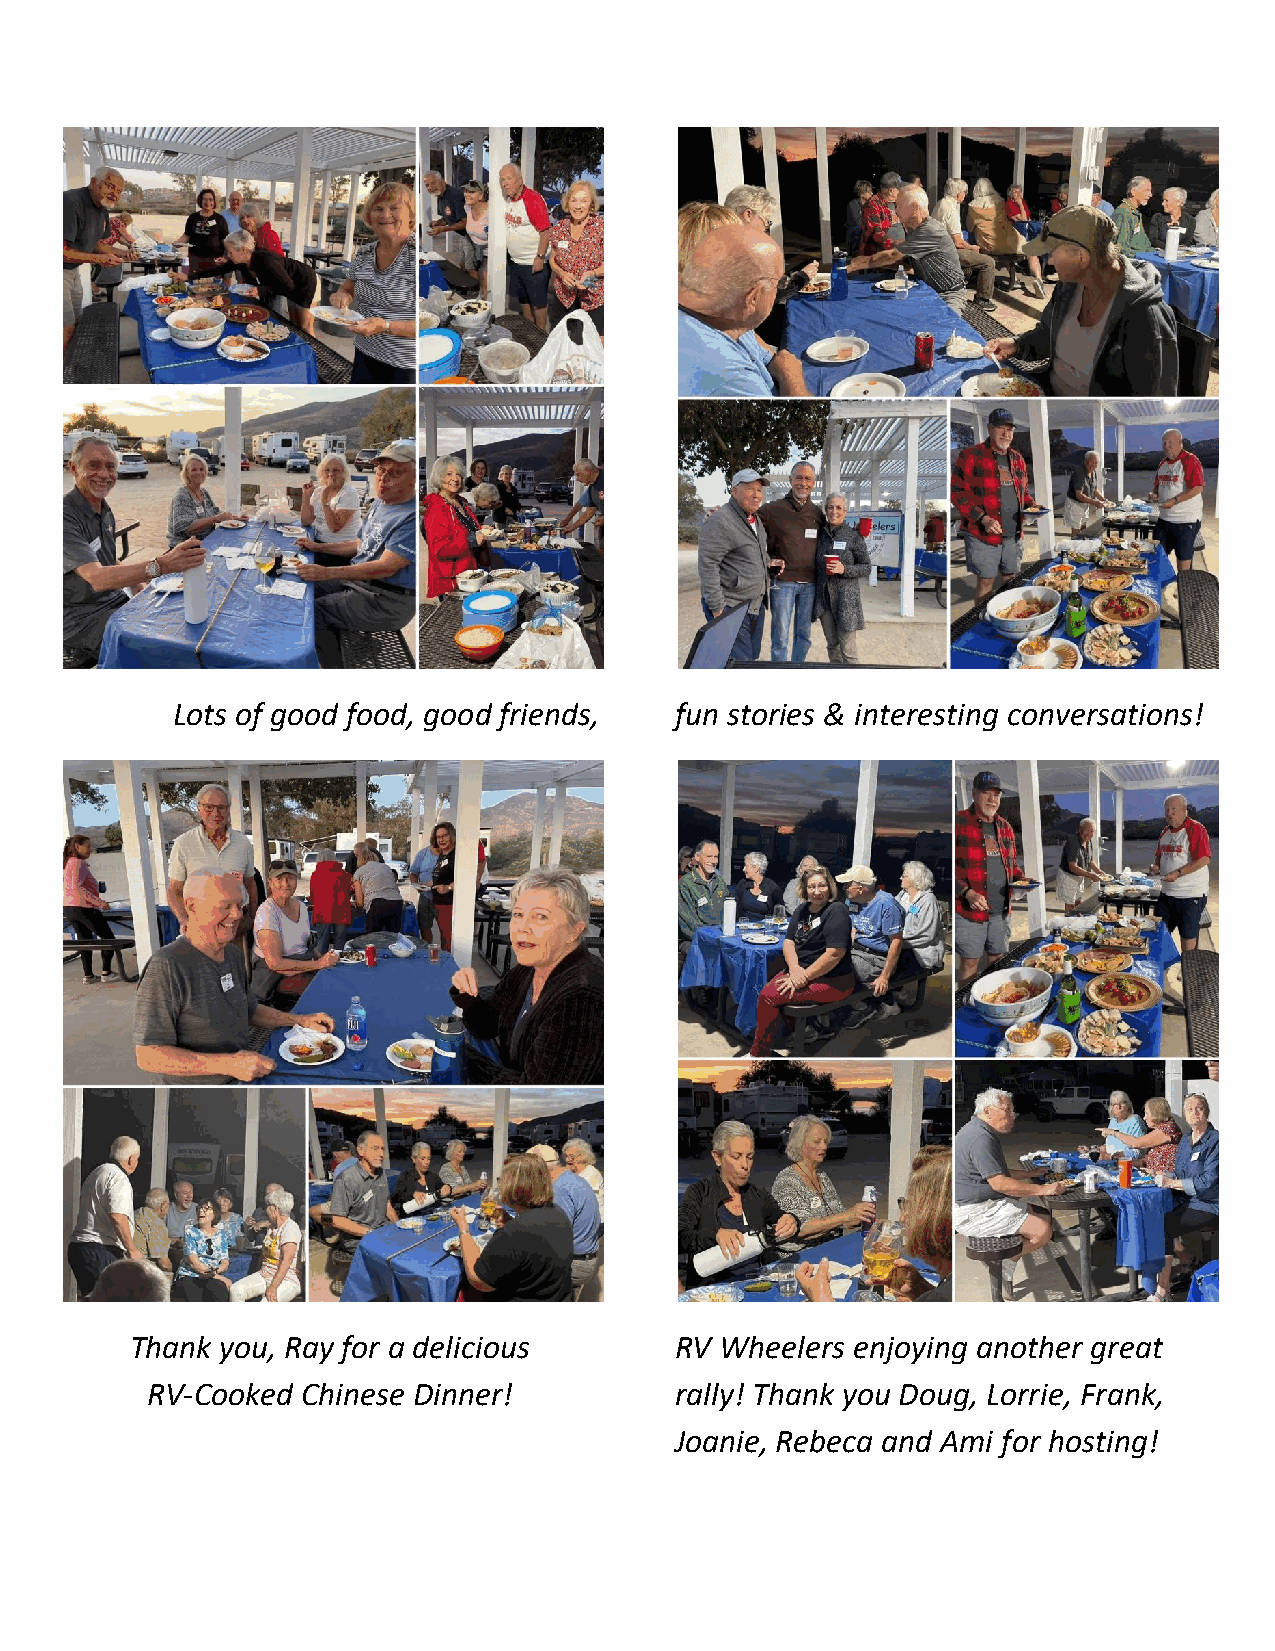
Lots of good food, good friends,  fun stories & interesting conversations!
 Thank you, Ray for a delicious      RV Wheelers enjoying another great
 RV-Cooked Chinese Dinner!          rally! Thank you Doug, Lorrie, Frank,
 Joanie, Rebeca and Ami for hosting!